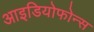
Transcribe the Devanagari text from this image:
आइडियोफोन्स